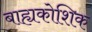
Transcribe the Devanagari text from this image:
बाह्यकोशिक